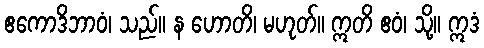
ဧကောဒိဘာဝံ၊ သည်။ န ဟောတိ၊ မဟုတ်။ ဣတိ ဧဝံ၊ သို့။ ဣဒံ